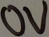
Text: 0V